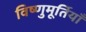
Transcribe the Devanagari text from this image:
विष्णुमूर्तियाँ